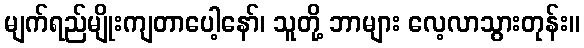
မျက်ရည်မျိုးကျတာပေါ့နော်၊ သူတို့ ဘာများ လေ့လာသွားတုန်း။